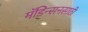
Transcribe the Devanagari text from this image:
मॅडिन्सनसाठी